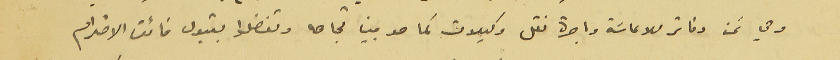
وهي ثمن دفاتر للاعاشة واجرة نقل وكيلات كما هو مبين تجاهه وتفضلوا بقبول فائق الاحترام